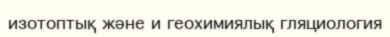
изотоптық және и геохимиялық гляциология